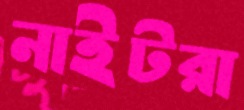
নাইটরা